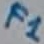
Text: F1